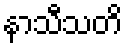
နာသီသတိ